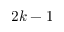
2 k - 1